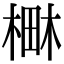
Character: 𣕎